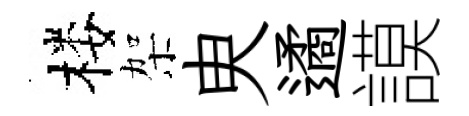
楼架㬰遹謨